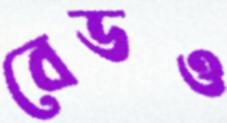
বেডও